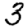
Digit: 3